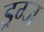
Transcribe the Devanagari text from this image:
ड्रग्ज